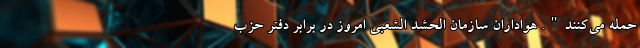
حمله می‌کنند". هواداران سازمان الحشد الشعبی امروز در برابر دفتر حزب